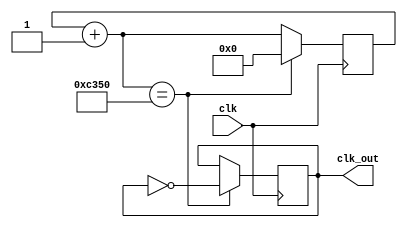
`timescale 1ns / 1ps
//////////////////////////////////////////////////////////////////////////////////
// Company: 
// 
// Design Name: 
// Module Name: Clock1kHz_s
// Project Name: 
// Target Devices: 
// Tool Versions: 
// Description: 1kHz clock
// 
// Dependencies: 
// 
// Revision:
// Revision 0.01 - File Created
// Additional Comments:
// 
//////////////////////////////////////////////////////////////////////////////////


module Clock1kHz_s(clk_out, clk);

    input clk; 
    output clk_out; 

    reg [18:0] counter = 0;
    reg clk_temp;        

    always @(posedge clk ) begin
        counter = counter + 1; 
        if (counter == 50000) begin         //count to 50,000 for 1000 Hz 
            counter = 0; 
            clk_temp = ~clk_temp; 
        end       
    end 

    assign clk_out = clk_temp; 

endmodule